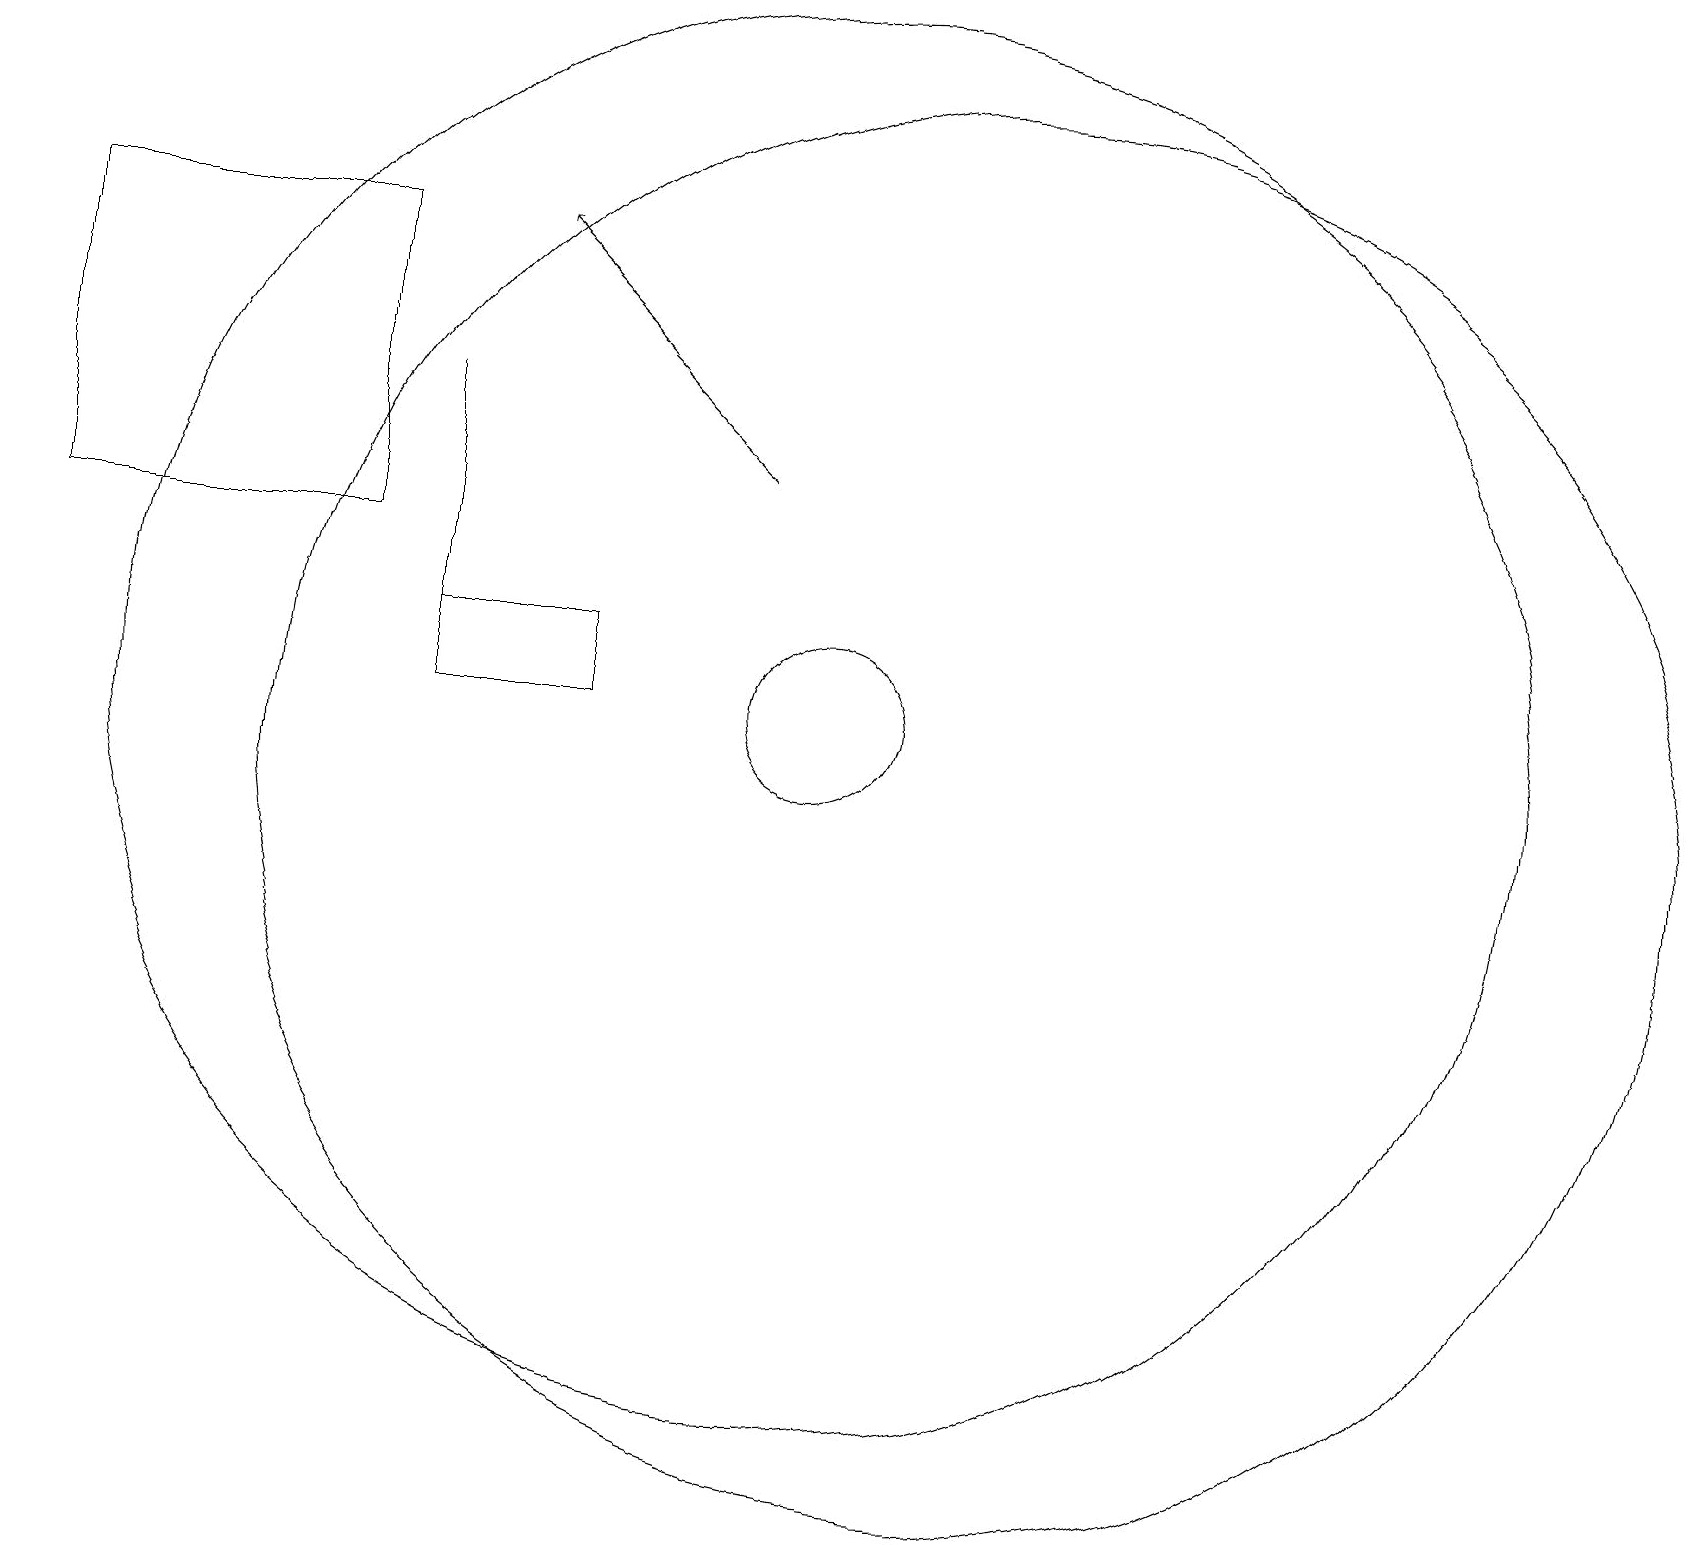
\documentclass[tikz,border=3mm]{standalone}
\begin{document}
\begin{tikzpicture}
\draw (10,11) circle (9);
\draw (10,11) circle (1);
\draw[->] (9,14) -- (6,17);
\draw (12,10) circle (9);
\draw (5,12) rectangle (5,15);
\draw (5,12) rectangle (7,11);
\draw (4,13) rectangle (0,17);
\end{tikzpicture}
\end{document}